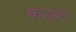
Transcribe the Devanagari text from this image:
कायँ